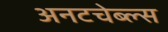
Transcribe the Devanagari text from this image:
अनटचेब्ल्स